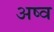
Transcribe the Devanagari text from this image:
अष्व